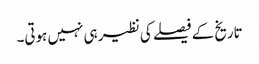
تاریخ کے فیصلے کی نظیر ہی نہیں ہوتی۔